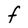
Character: F